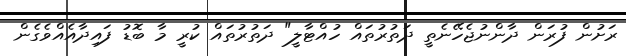
ރަށުން ފުރަން ދާންނުޖެހޭނެތީ ދަތުރުތައް ހުއްޓާލީ" ދަތުރުތައް ކުރީ މާ ބޮޑު ފައިދާއެއްވެގެން